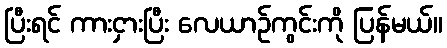
ပြီးရင် ကားငှားပြီး လေယာဉ်ကွင်းကို ပြန်မယ်။